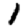
Digit: 1